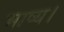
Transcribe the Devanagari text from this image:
भाष्य।